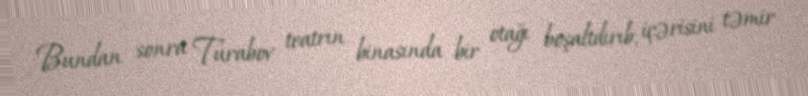
Bundan sonra Turabov teatrın binasında bir otağı boşaltdırıb, içərisini təmir